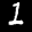
Label: 1